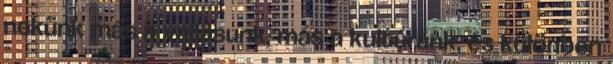
nekünk más a vallásunk, más a kultúránk, és különben